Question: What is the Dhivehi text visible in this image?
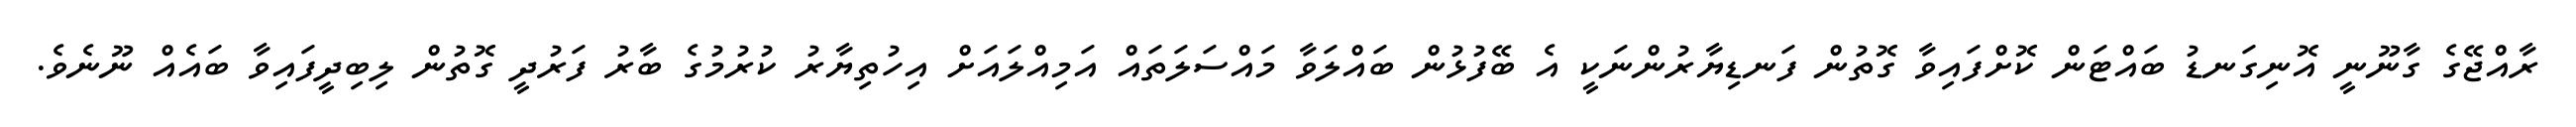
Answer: ރާއްޖޭގެ ގާނޫނީ އޮނިގަނޑު ބައްޓަން ކޮށްފައިވާ ގޮތުން ފަނޑިޔާރުންނަކީ އެ ބޭފުޅުން ބައްލަވާ މައްސަލަތައް އަމިއްލައަށް އިހުތިޔާރު ކުރުމުގެ ބާރު ފަރުދީ ގޮތުން ލިބިދީފައިވާ ބައެއް ނޫނެވެ.